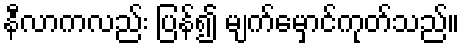
နီလာကလည်း ပြန်၍ မျက်မှောင်ကုတ်သည်။